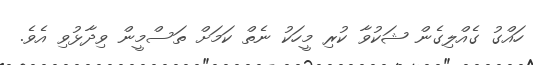
ހައްގު ގެއްލިގެން ޝަކުވާ ކުރި މީހަކު ނެތް ކަމަށް ތަސްމީން ވިދާޅުވި އެވެ.